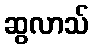
ဆွလာသ်